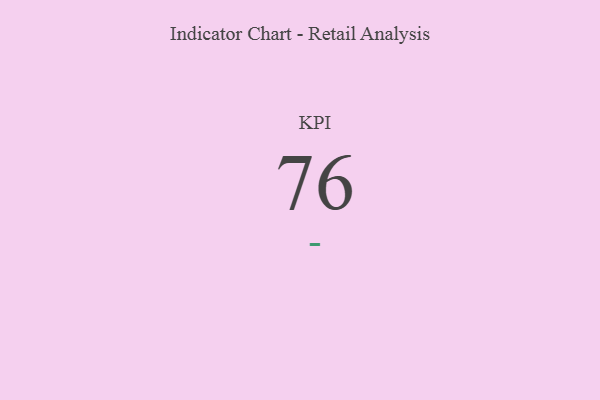
{"axis": {"x": "KPI", "y": "Value"}, "legend": [""], "data": [{"x": "KPI", "y": 76, "type": ""}]}